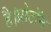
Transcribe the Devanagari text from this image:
है।प्रोटॉन